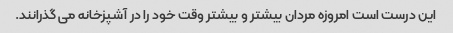
این درست است امروزه مردان بیشتر و بیشتر وقت خود را در آشپزخانه می گذرانند.